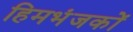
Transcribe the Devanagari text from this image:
हिमभंजकों